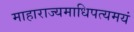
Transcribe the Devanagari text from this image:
माहाराज्यमाधिपत्यमयं